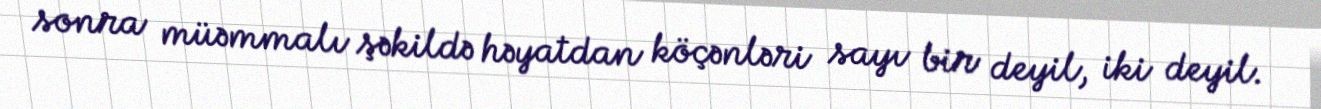
sonra müəmmalı şəkildə həyatdan köçənləri sayı bir deyil, iki deyil.